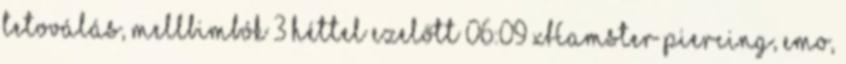
tetoválás, mellbimbók 3 héttel ezelőtt 06:09 xHamster piercing, emo,